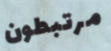
مرتبطون